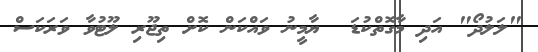
"ލަލުދޯ" އަދި މާގޮތްކުޑަ  ޔާމީނު ވައްކަން ކޮށް ތިޖޫރި ލޫޓުވާ ވަރަކަސް